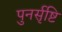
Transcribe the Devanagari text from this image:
पुनर्सृष्टि